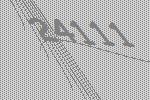
24111